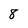
Character: 8